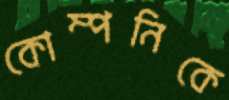
কোম্পনিকে